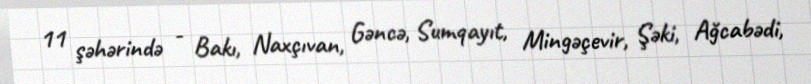
11 şəhərində - Bakı, Naxçıvan, Gəncə, Sumqayıt, Mingəçevir, Şəki, Ağcabədi,